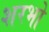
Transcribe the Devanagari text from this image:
शरभो